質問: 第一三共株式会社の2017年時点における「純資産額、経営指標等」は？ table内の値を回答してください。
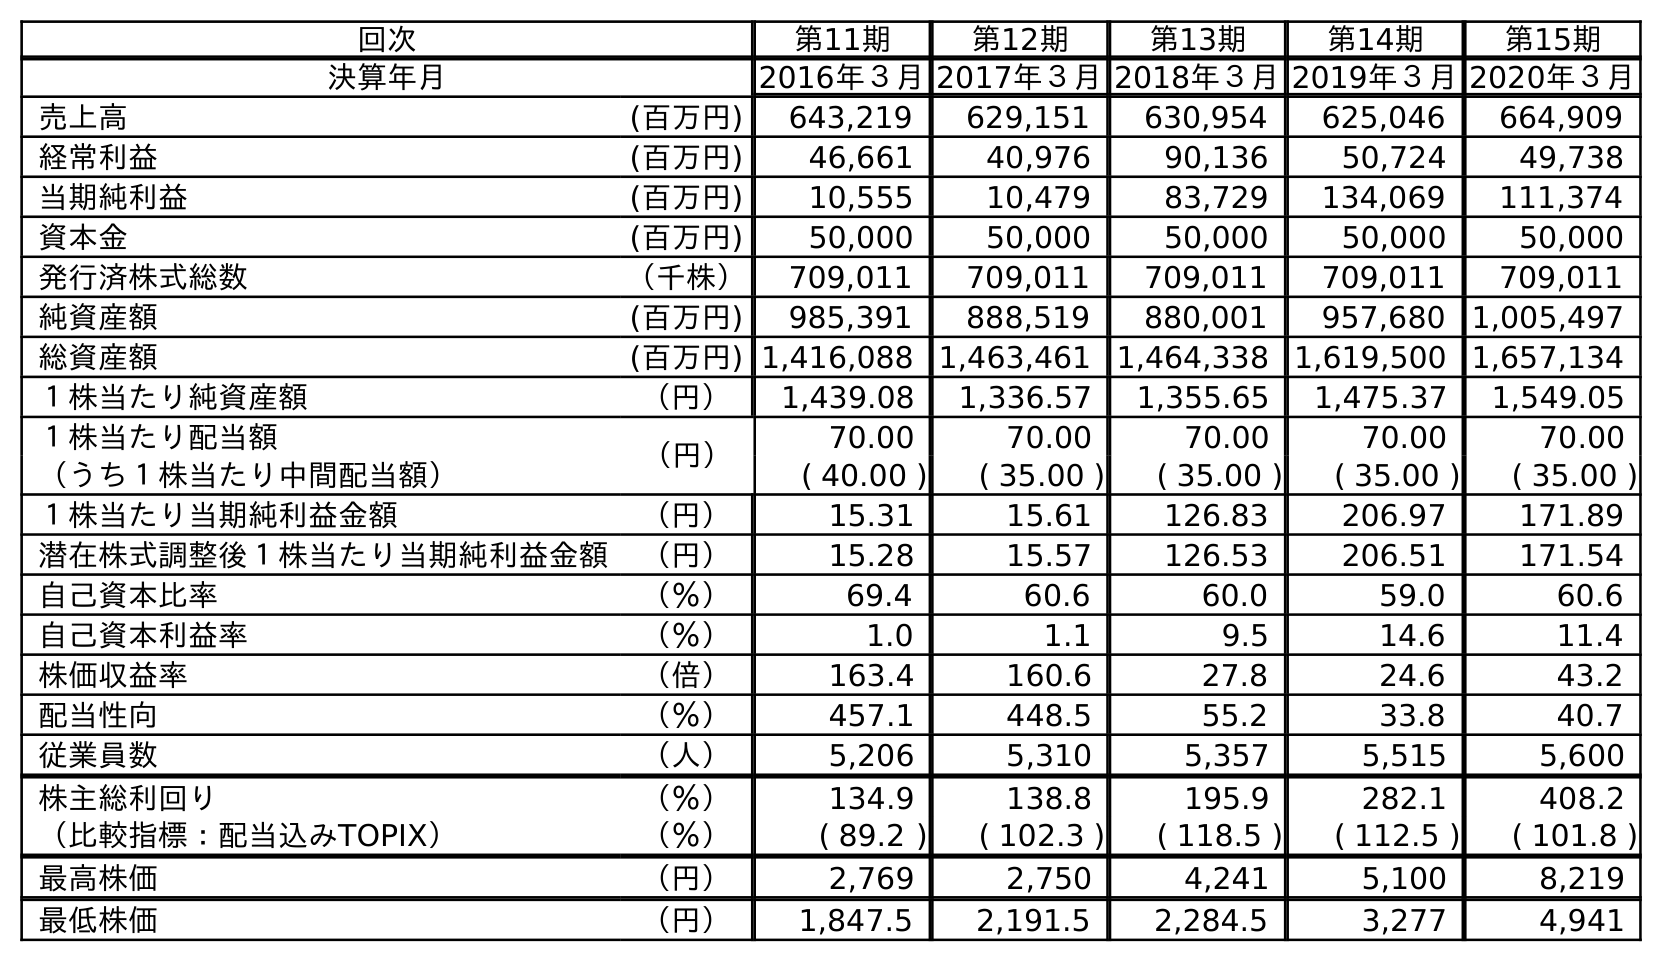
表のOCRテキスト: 回次 第11期 第12期 第13期 第14期 第15期 決算年月 2016年３月2017年３月2018年３月2019年３月2020年３月 売上高 (百万円) 643,219 629,151 630,954 625,046 664,909 経常利益 (百万円) 46,661 40,976 90,136 50,724 49,738 当期純利益 (百万円) 10,555 10,479 83,729 134,069 111,374 資本金 (百万円) 50,000 50,000 50,000 50,000 50,000 発行済株式総数 （千株） 709,011 709,011 709,011 709,011 709,011 純資産額 (百万円) 985,391 888,519 880,001 957,680 1,005,497 総資産額 (百万円) 1,416,088 1,463,461 1,464,338 1,619,500 1,657,134 １株当たり純資産額 （円） 1,439.08 1,336.57 1,355.65 1,475.37 1,549.05 １株当たり配当額 （円） 70.00 70.00 70.00 70.00 70.00 （うち１株当たり中間配当額） ( 40.00 ) ( 35.00 ) ( 35.00 ) ( 35.00 ) ( 35.00 ) １株当たり当期純利益金額 （円） 15.31 15.61 126.83 206.97 171.89 潜在株式調整後１株当たり当期純利益金額 （円） 15.28 15.57 126.53 206.51 171.54 自己資本比率 （％） 69.4 60.6 60.0 59.0 60.6 自己資本利益率 （％） 1.0 1.1 9.5 14.6 11.4 株価収益率 （倍） 163.4 160.6 27.8 24.6 43.2 配当性向 （％） 457.1 448.5 55.2 33.8 40.7 従業員数 （人） 5,206 5,310 5,357 5,515 5,600 株主総利回り （％） 134.9 138.8 195.9 282.1 408.2 （比較指標：配当込みTOPIX） （％） ( 89.2 ) ( 102.3 ) ( 118.5 ) ( 112.5 ) ( 101.8 ) 最高株価 （円） 2,769 2,750 4,241 5,100 8,219 最低株価 （円） 1,847.5 2,191.5 2,284.5 3,277 4,941
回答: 888,519